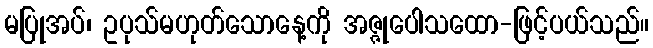
မပြုအပ်၊ ဥပုသ်မဟုတ်သောနေ့ကို အဇ္ဇုပေါသထော-ဖြင့်ပယ်သည်။